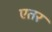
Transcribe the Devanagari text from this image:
एतर